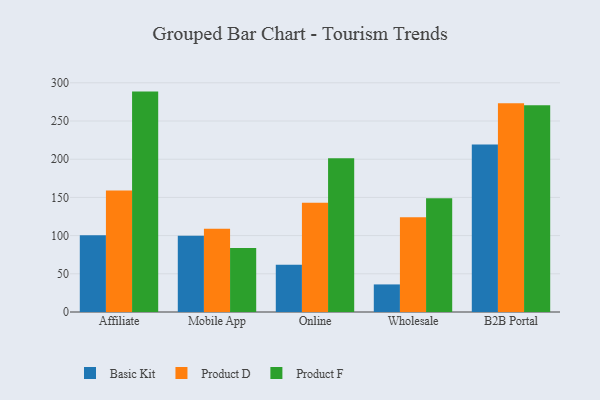
{"axis": {"x": "Channel", "y": "Humidity (%)"}, "legend": ["Basic Kit", "Product D", "Product F"], "data": [{"x": "Affiliate", "y": 100.5, "type": "Basic Kit"}, {"x": "Affiliate", "y": 159.1, "type": "Product D"}, {"x": "Affiliate", "y": 288.5, "type": "Product F"}, {"x": "Mobile App", "y": 99.7, "type": "Basic Kit"}, {"x": "Mobile App", "y": 109.1, "type": "Product D"}, {"x": "Mobile App", "y": 83.8, "type": "Product F"}, {"x": "Online", "y": 62.0, "type": "Basic Kit"}, {"x": "Online", "y": 143.0, "type": "Product D"}, {"x": "Online", "y": 201.2, "type": "Product F"}, {"x": "Wholesale", "y": 36.1, "type": "Basic Kit"}, {"x": "Wholesale", "y": 124.0, "type": "Product D"}, {"x": "Wholesale", "y": 149.0, "type": "Product F"}, {"x": "B2B Portal", "y": 219.2, "type": "Basic Kit"}, {"x": "B2B Portal", "y": 273.2, "type": "Product D"}, {"x": "B2B Portal", "y": 270.5, "type": "Product F"}]}